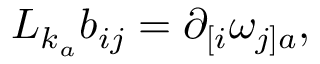
{ \cal L } _ { k _ { a } } b _ { i j } = \partial _ { [ i } \omega _ { j ] a } ,